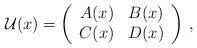
LaTeX: \begin{align*} \mathcal{U}(x)=\left(\begin{array}{cc} A(x)&B(x)\\ C(x)&D(x) \end{array}\right)\,,\end{align*}